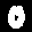
Label: 0